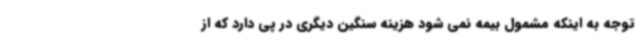
توجه به اینکه مشمول بیمه نمی شود هزینه سنگین دیگری در پی دارد که از